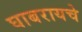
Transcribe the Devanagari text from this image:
घाबरायचे